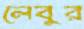
লেবুর